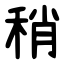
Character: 稍